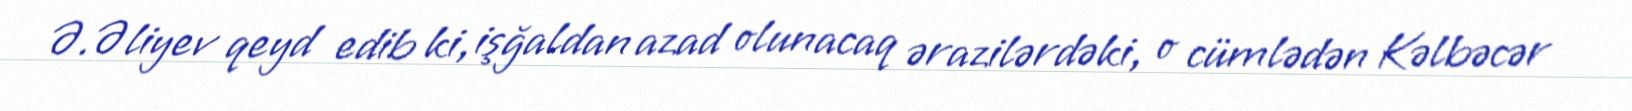
Ə.Əliyev qeyd edib ki, işğaldan azad olunacaq ərazilərdəki, o cümlədən Kəlbəcər